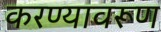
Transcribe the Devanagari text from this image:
करण्यावरूण